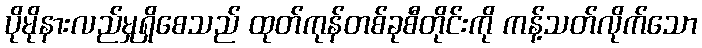
ပိုမိုနားလည်မှုရှိစေသည် ထုတ်ကုန်တစ်ခုစီတိုင်းကို ကန့်သတ်လိုက်သော